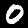
Label: 0